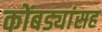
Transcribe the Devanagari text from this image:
कोंबड्यांसह